画像に写った文字を読んでください
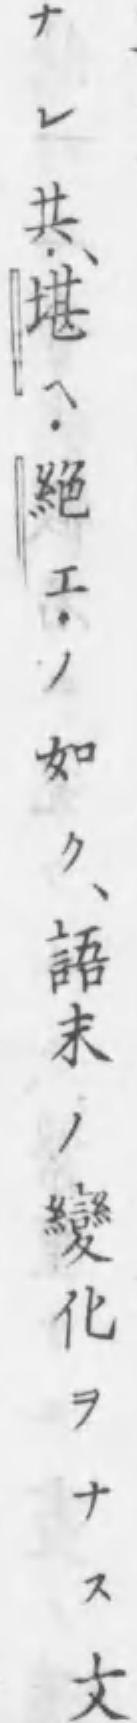
「ナレ共･、堪ヘ･絶エ･ノ如ク、語末ノ變化ヲナス文」と書いてあります